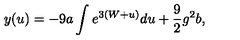
y ( u ) = - 9 a \int e ^ { 3 ( W + u ) } d u + \frac 9 2 g ^ { 2 } b ,